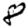
Digit: 8